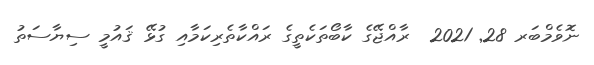
ނޮވެމްބަރ 28